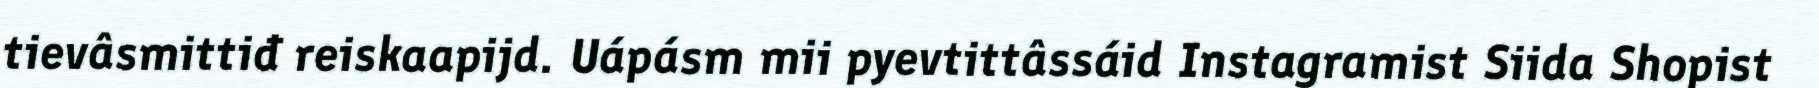
tievâsmittiđ reiskaapijd. Uápásm mii pyevtittâssáid Instagramist Siida Shopist